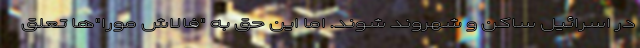
در اسرائیل ساکن و شهروند شوند. اما این حق به "فالاش مورا"ها تعلق